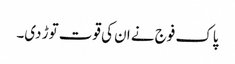
پاک فوج نے ان کی قوت توڑ دی۔